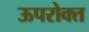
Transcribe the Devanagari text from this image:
ऊपरोक्त